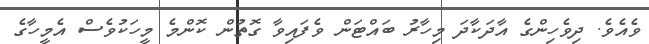
ވެއެވެ. ދިވެހިންގެ އާދަކާދަ މިހާރު ބައްޓަން ވެފައިވާ ގޮތުން ކޮންމެ މީހަކުވެސް އެމީހާގެ